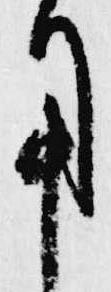
用